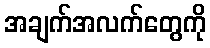
အချက်အလက်တွေကို